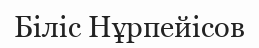
Біліс Нұрпейісов